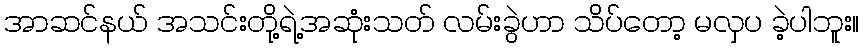
အာဆင်နယ် အသင်းတို့ရဲ့အဆုံးသတ် လမ်းခွဲဟာ သိပ်တော့ မလှပ ခဲ့ပါဘူး။